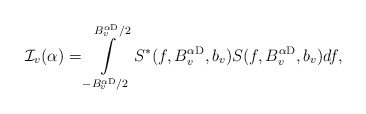
\begin{align*} \mathcal{I}_{v} (\alpha)=\int\limits_{-B_{v}^{\alpha {\rm D}}/2}^{B_{v}^{\alpha {\rm D}}/2} S^{*}(f,B_{v}^{\alpha {\rm D}},b_{v})S(f,B_{v}^{\alpha {\rm D}},b_{v})df ,\end{align*}